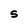
Character: S